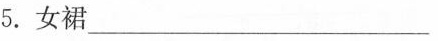
4.女裙___